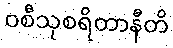
ဝစီသုစရိတာနီတိ